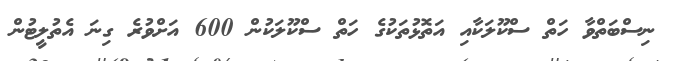
ނިސްބަތްވާ ހަތް ސްކޫލަކާއި އަތޮޅުތަކުގެ ހަތް ސްކޫލަކުން 600 އަށްވުރެ ގިނަ އެތުލީޓުން